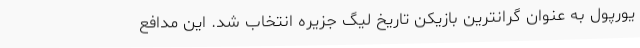
یورپول به عنوان گرانترین بازیکن تاریخ لیگ جزیره انتخاب شد. این مدافع